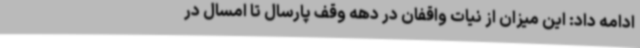
ادامه داد: این میزان از نیات واقفان در دهه وقف پارسال تا امسال در